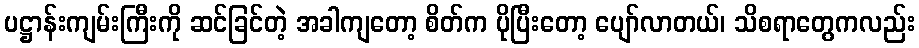
ပဋ္ဌာန်းကျမ်းကြီးကို ဆင်ခြင်တဲ့ အခါကျတော့ စိတ်က ပိုပြီးတော့ ပျော်လာတယ်၊ သိစရာတွေကလည်း